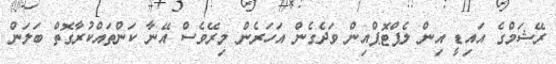
ރޭޝަމްގެ އައިޑީ އިން ލެޕްޓޮޕްއިން ވަދެގެން އަހަރެން މިރޭވެސް އޭނާ ކަންތައްކުރާގޮތް ބަލަން